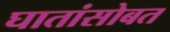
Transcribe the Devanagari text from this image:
घातांसोबत